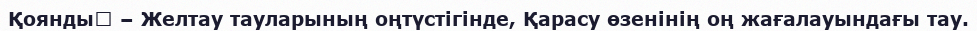
Қоянды‎ – Желтау тауларының оңтүстігінде, Қарасу өзенінің оң жағалауындағы тау.